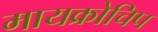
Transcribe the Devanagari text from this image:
मायक्रोचिप